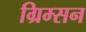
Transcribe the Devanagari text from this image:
ग्रिम्सन